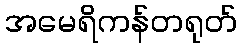
အမေရိကန်တရုတ်